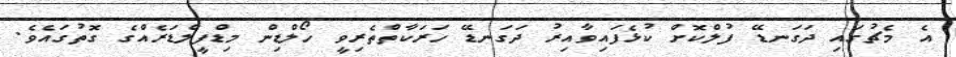
އެ މެޗުގައި ދަގަނޑޭ ފުލްކޮށް ކުޅެފައިވާއިރު ދަގަނޑޭ ހަރަކާތްތެރިވީ ހޯލްޑިން މިޑްފީލްޑަރެއްގެ ގޮތުގައެވެ.